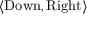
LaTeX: \langle { \mathrm { D o w n } } , { \mathrm { R i g h t } } \rangle